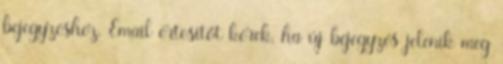
bejegyzéshez. Email értesítőt kérek, ha új bejegyzés jelenik meg